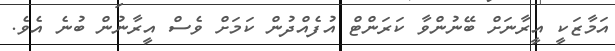
އަމާޒަކީ އީރާނަށް ބޭނުންވާ ކަރަންޓް އުފެއްދުން ކަމަށް ވެސް އީރާނުން ބުނެ އެވެ.